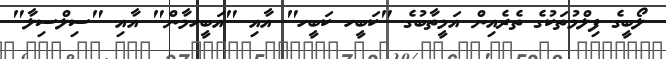
ލޯބީގެ ފިލްމުތަކުގެ ތެރެއިން އަމީތާބުގެ "ކަބީހ ކަބީހ" އާއި "އަބީހމާން" އާއި "ސިލްސިލާ"